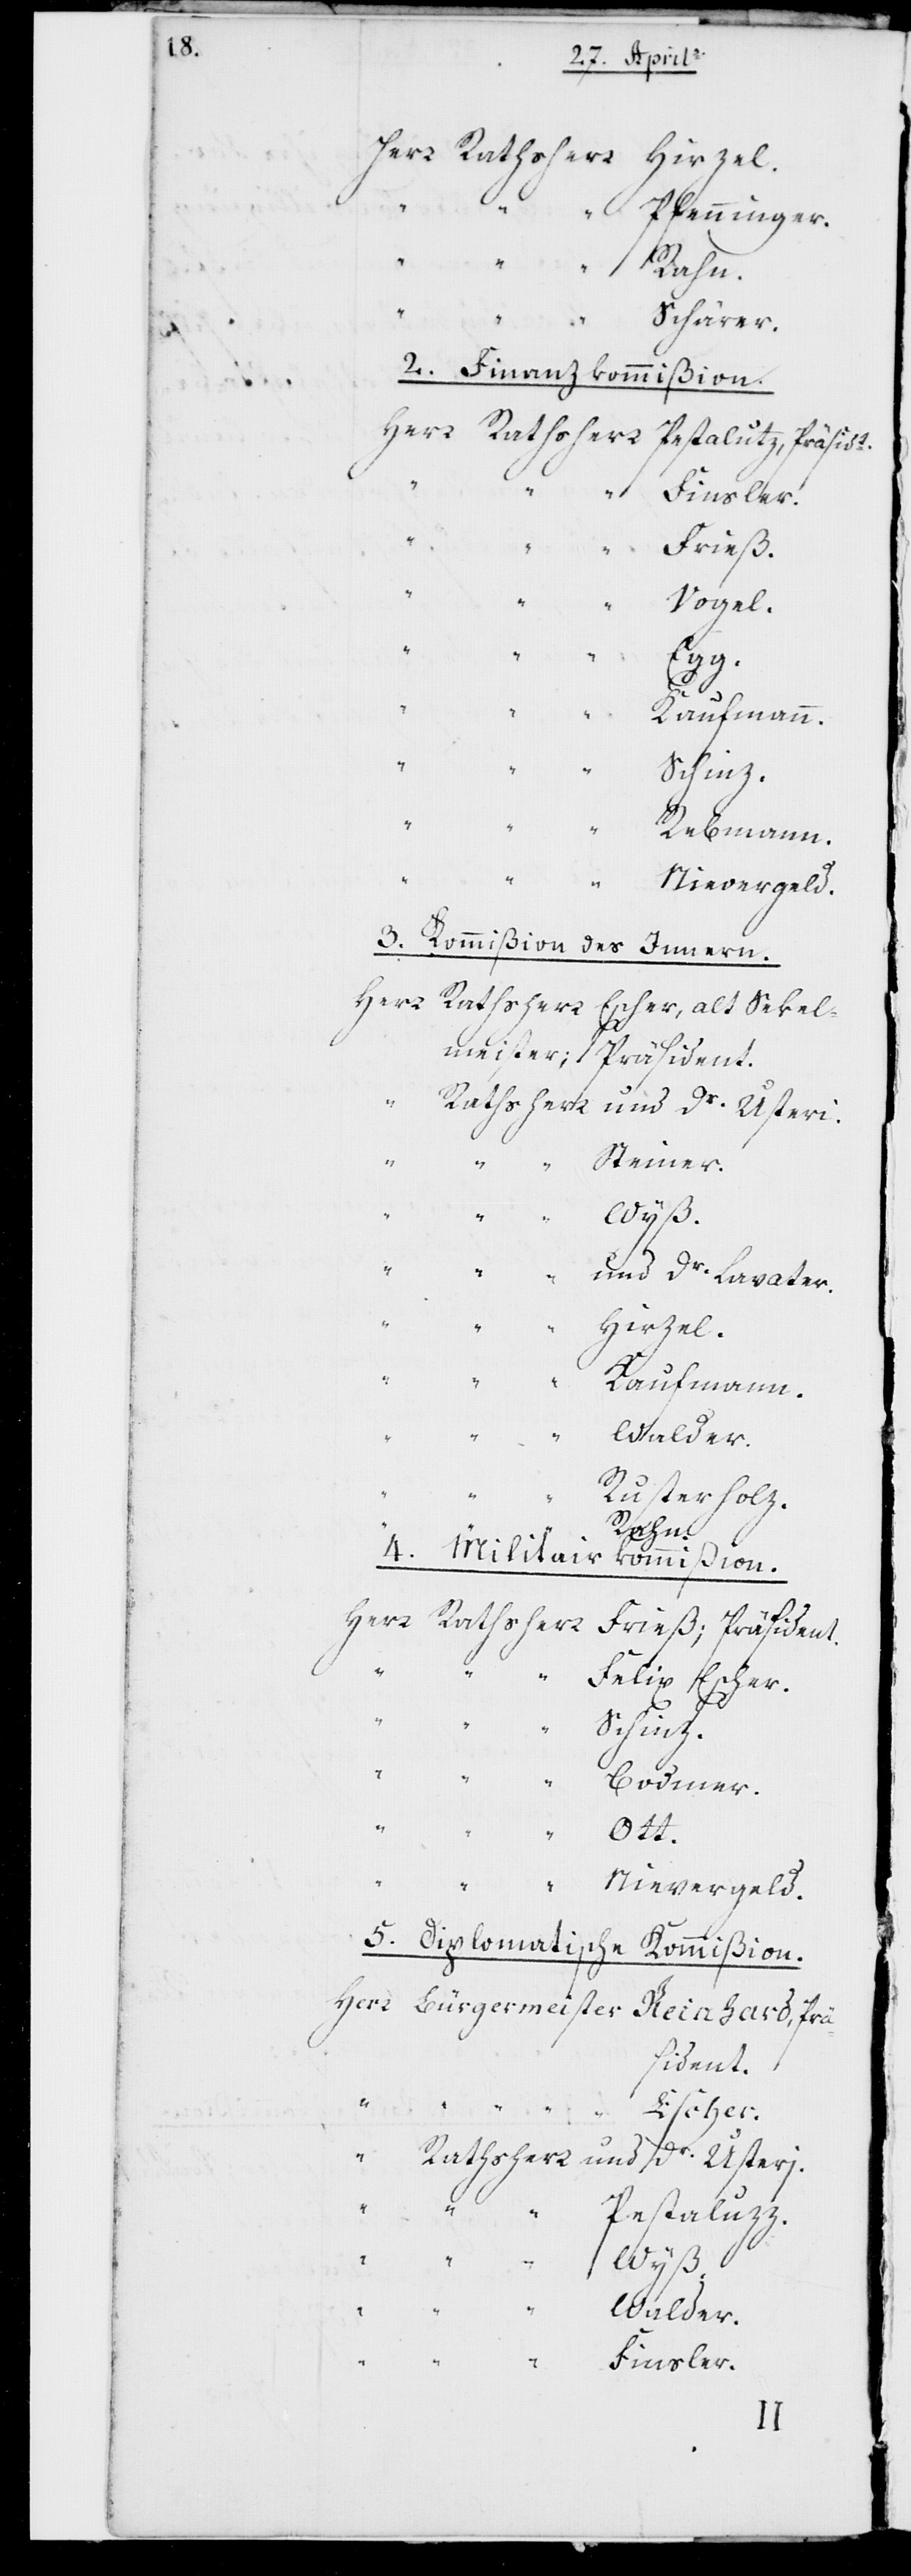
Herr Rathsherr	Hirzel.
„	Pfenninger.
„	Rahn.
„	Schärer.
2. Finanzkommißion.
Herr Rathsherr	Pestaluzz, Präsid[e¬
„	Frieß.
„	Vogel.
Dr.
„	Kaufmann.
„	Schinz.
„	Rebmann.
„	N¬
ievergelt.
3. Kommißion des Innern.
Herr Rathsherr	Escher, alt Sekel¬
meister; Präsident.
„	Steiner.
„	und Dr. Lavater.
„	Kaufmann.
„	Walder.
„	Rusterholz.
„	Rahn.
4. Militairkommißion.
Herr Rathsherr	Frieß, Präsident.
„	Felix Escher.
ievergelt.
5. Diplomatische Kommißion.
Herr Bürgermeister	Reinhard, Prä¬
sident.
n]t.
Rathsherr	und Dr. Usteri.
„	Pestaluzz.
Usteri.
„	Finsler.